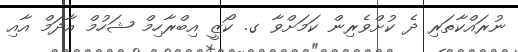
ނުރައްކާތަރި ދެ ކުށްވެރިން ކަމަށްވާ ގ. ކޯޒީ އިބްރާހިމް ޝަހުމް އާދަމް އާއި